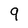
Character: 9